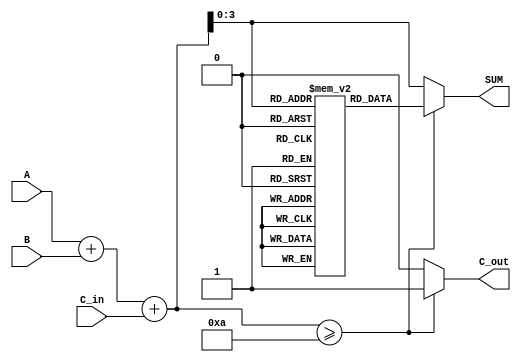
module BCD_LUT_Adder (
    input  wire [3:0] A,      // BCD input A
    input  wire [3:0] B,      // BCD input B
    input  wire C_in,         // Carry-in
    output reg  [3:0] SUM,    // BCD output SUM
    output reg  C_out         // Carry-out
);

    // Temporary sum (5 bits to accommodate carry)
    wire [4:0] TEMP_SUM;
    assign TEMP_SUM = A + B + C_in;

    // LUT for BCD correction
    reg [3:0] LUT [0:19]; // LUT for sums from 0 to 19

    initial begin
        // Initialize the LUT with BCD values
        LUT[0]  = 4'b0000; // 0
        LUT[1]  = 4'b0001; // 1
        LUT[2]  = 4'b0010; // 2
        LUT[3]  = 4'b0011; // 3
        LUT[4]  = 4'b0100; // 4
        LUT[5]  = 4'b0101; // 5
        LUT[6]  = 4'b0110; // 6
        LUT[7]  = 4'b0111; // 7
        LUT[8]  = 4'b1000; // 8
        LUT[9]  = 4'b1001; // 9
        LUT[10] = 4'b0000; // 10 (BCD 0 with carry)
        LUT[11] = 4'b0001; // 11 (BCD 1 with carry)
        LUT[12] = 4'b0010; // 12 (BCD 2 with carry)
        LUT[13] = 4'b0011; // 13 (BCD 3 with carry)
        LUT[14] = 4'b0100; // 14 (BCD 4 with carry)
        LUT[15] = 4'b0101; // 15 (BCD 5 with carry)
        LUT[16] = 4'b0110; // 16 (BCD 6 with carry)
        LUT[17] = 4'b0111; // 17 (BCD 7 with carry)
        LUT[18] = 4'b1000; // 18 (BCD 8 with carry)
        LUT[19] = 4'b1001; // 19 (BCD 9 with carry)
    end

    always @(*) begin
        // Determine the BCD output and carry-out
        if (TEMP_SUM >= 10) begin
            SUM = LUT[TEMP_SUM[3:0]]; // Use LUT for correction
            C_out = 1; // Set carry-out
        end else begin
            SUM = TEMP_SUM[3:0]; // No correction needed
            C_out = 0; // No carry-out
        end
    end

endmodule